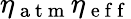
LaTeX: \eta_{\mathrm{~a~t~m~}}\eta_{\mathrm{~e~f~f~}}